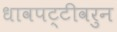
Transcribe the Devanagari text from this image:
धावपट्टीवरुन